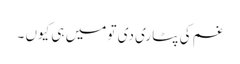
غم کی پٹاری دی تو میں ہی کیوں ۔